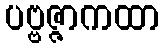
ပဗ္ဗဇ္ဇာကထာ